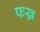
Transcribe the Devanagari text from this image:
फख्र